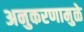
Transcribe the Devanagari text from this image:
अनुकरणामुळे